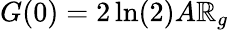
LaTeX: G(0)=2\ln(2)A\mathbb{R}_{g}